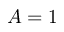
A = 1